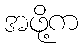
အဖို့က